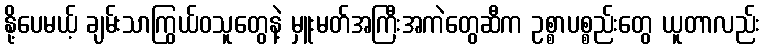
နို့ပေမယ့် ချမ်းသာကြွယ်ဝသူတွေနဲ့ မှူးမတ်အကြီးအကဲတွေဆီက ဥစ္စာပစ္စည်းတွေ ယူတာလည်း